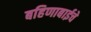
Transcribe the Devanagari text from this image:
बहिणाबाईचे